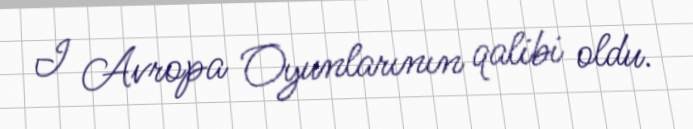
I Avropa Oyunlarının qalibi oldu.